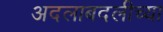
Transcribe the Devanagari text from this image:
अदलाबदलीच्या